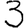
Digit: 3